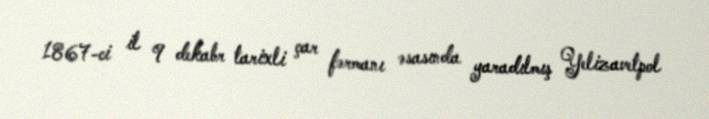
1867-ci il 9 dekabr tarixli çar fərmanı əsasında yaradılmış Yelizavetpol